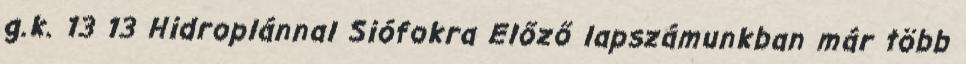
g.k. 13 13 Hidroplánnal Siófokra Előző lapszámunkban már több